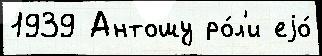
1939 Антошу ро́л'и еjо́